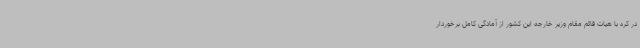
در کره با هیات قائم مقام وزیر خارجه این کشور از آمادگی کامل برخوردار